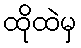
ထိုထဲမှ